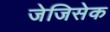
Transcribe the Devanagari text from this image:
जेजिसेक